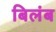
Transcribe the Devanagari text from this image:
बिलंब